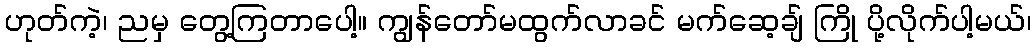
ဟုတ်ကဲ့၊ ညမှ တွေ့ကြတာပေါ့။ ကျွန်တော်မထွက်လာခင် မက်ဆေ့ချ် ကြို ပို့လိုက်ပါ့မယ်၊